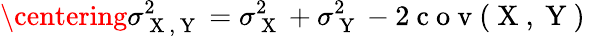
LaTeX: \centering\sigma_{\mathrm{~X~,~Y~}}^{2}=\sigma_{\mathrm{~X~}}^{2}+\sigma_{\mathrm{~Y~}}^{2}-2\mathrm{~c~o~v~(~X~,~Y~)~}